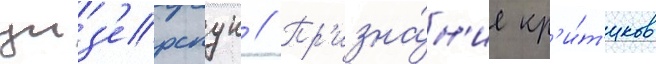
уиз'ерспун // Пр'изна́н'ие кр'и́т'иков